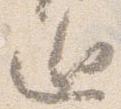
廻